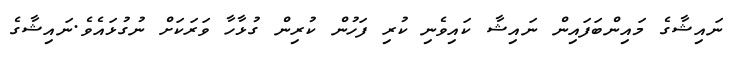
ނައިޝާގެ މައިންބަފައިން ނައިޝާ ކައިވެނި ކުރި ފަހުން ކުރިން ގުޅާހާ ވަރަކަށް ނުގުޅައެވެ.ނައިޝާގެ